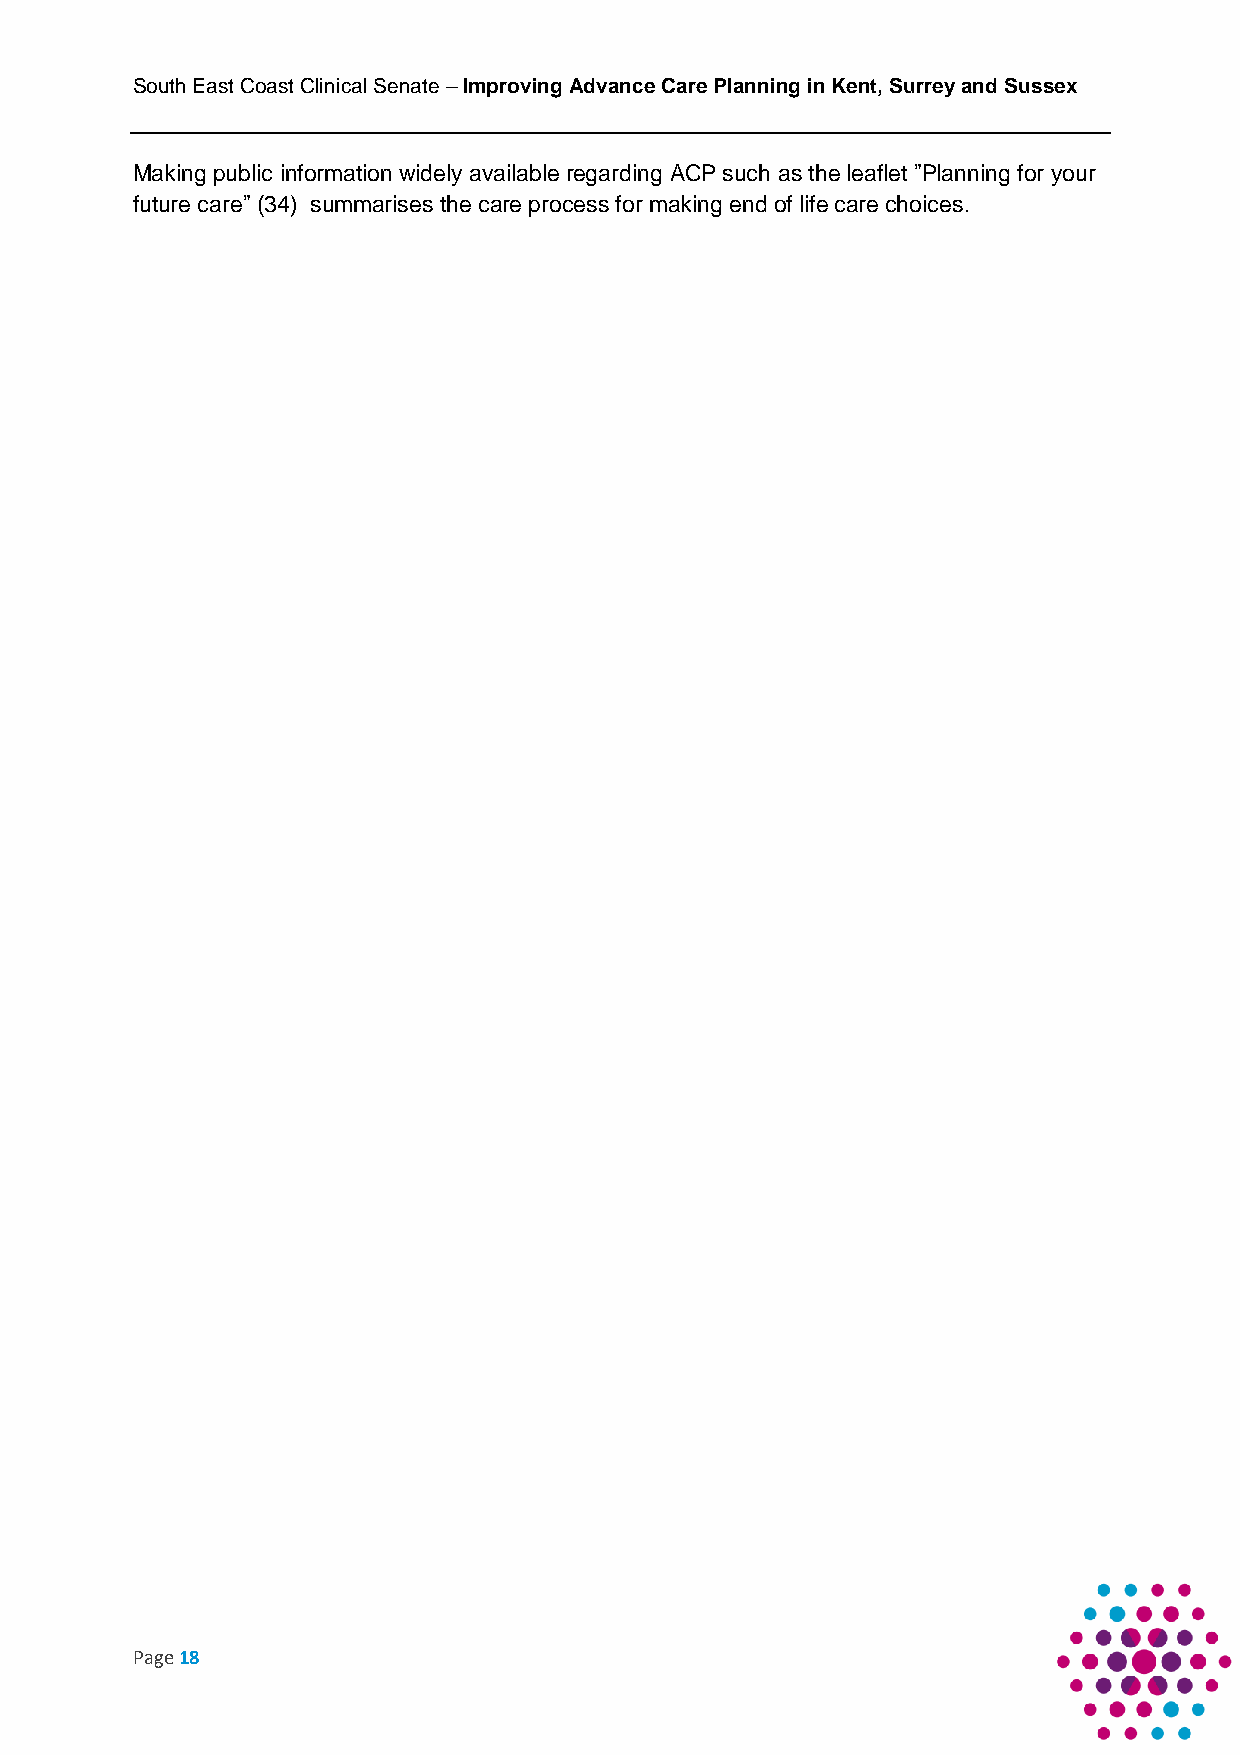
South East Coast Clinical Senate – Improving Advance Care Planning in Kent, Surrey and Sussex
 Making public information widely available regarding ACP such as the leaflet ”Planning for your
 future care” (34) summarises the care process for making end of life care choices.
 Page 18